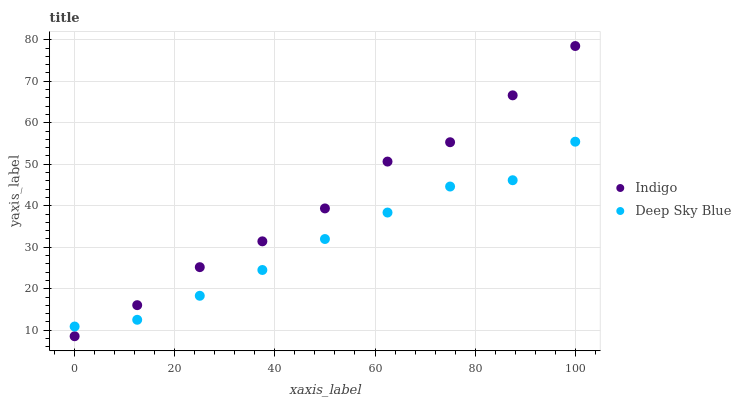
| xaxis_label | Indigo | Deep Sky Blue |
 | --- | --- | --- |
 | 0 | 8.55 | 10.9 |
 | 12.5 | 16 | 12.5 |
 | 25 | 25.2 | 18.3 |
 | 37.5 | 31.4 | 24.5 |
 | 50 | 39.4 | 32 |
 | 62.5 | 50.6 | 38.4 |
 | 75 | 55.3 | 44.6 |
 | 87.5 | 66.6 | 46.1 |
 | 100 | 78.5 | 55.4 |